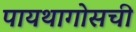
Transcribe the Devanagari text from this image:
पायथागोसची